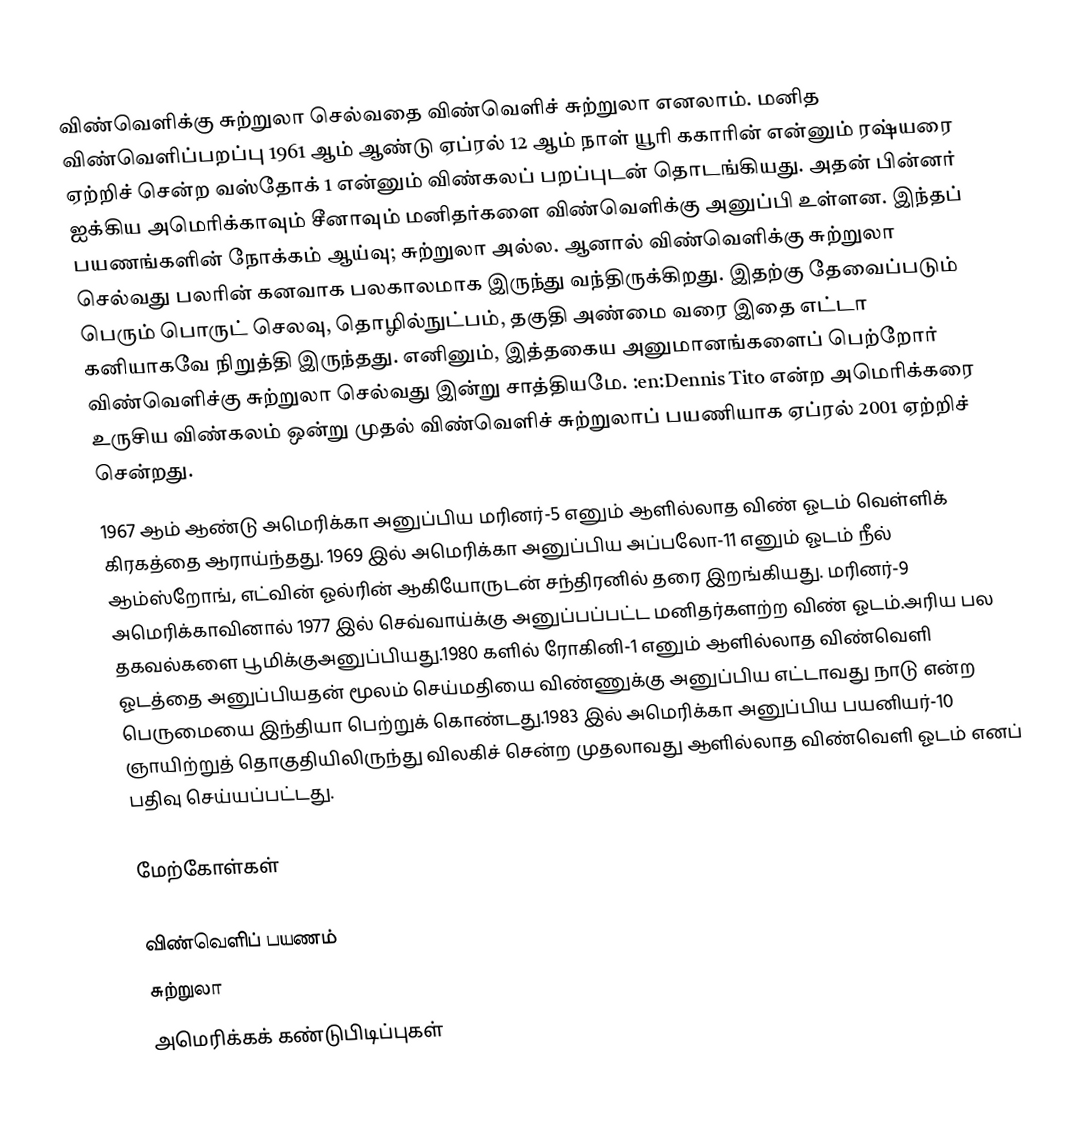
விண்வெளிக்கு சுற்றுலா செல்வதை விண்வெளிச் சுற்றுலா எனலாம். மனித விண்வெளிப்பறப்பு 1961 ஆம் ஆண்டு ஏப்ரல் 12 ஆம் நாள் யூரி ககாரின் என்னும் ரஷ்யரை ஏற்றிச் சென்ற வஸ்தோக் 1 என்னும் விண்கலப் பறப்புடன் தொடங்கியது. அதன் பின்னர் ஐக்கிய அமெரிக்காவும் சீனாவும் மனிதர்களை விண்வெளிக்கு அனுப்பி உள்ளன. இந்தப் பயணங்களின் நோக்கம் ஆய்வு; சுற்றுலா அல்ல. ஆனால் விண்வெளிக்கு சுற்றுலா செல்வது பலரின் கனவாக பலகாலமாக இருந்து வந்திருக்கிறது. இதற்கு தேவைப்படும் பெரும் பொருட் செலவு, தொழில்நுட்பம், தகுதி அண்மை வரை இதை எட்டா கனியாகவே நிறுத்தி இருந்தது. எனினும், இத்தகைய அனுமானங்களைப் பெற்றோர் விண்வெளிச்கு சுற்றுலா செல்வது இன்று சாத்தியமே. :en:Dennis Tito என்ற அமெரிக்கரை உருசிய விண்கலம் ஒன்று முதல் விண்வெளிச் சுற்றுலாப் பயணியாக ஏப்ரல் 2001 ஏற்றிச் சென்றது.
1967 ஆம் ஆண்டு அமெரிக்கா அனுப்பிய மரினர்-5 எனும் ஆளில்லாத விண் ஓடம் வெள்ளிக் கிரகத்தை ஆராய்ந்தது. 1969 இல் அமெரிக்கா அனுப்பிய அப்பலோ-11 எனும் ஓடம் நீல் ஆம்ஸ்றோங், எட்வின் ஓல்ரின் ஆகியோருடன் சந்திரனில் தரை இறங்கியது. மரினர்-9 அமெரிக்காவினால் 1977 இல் செவ்வாய்க்கு அனுப்பப்பட்ட மனிதர்களற்ற விண் ஓடம்.அரிய பல தகவல்களை பூமிக்குஅனுப்பியது.1980 களில் ரோகினி-1 எனும் ஆளில்லாத விண்வெளி ஓடத்தை அனுப்பியதன் மூலம் செய்மதியை விண்ணுக்கு அனுப்பிய எட்டாவது நாடு என்ற பெருமையை இந்தியா பெற்றுக் கொண்டது.1983 இல் அமெரிக்கா அனுப்பிய பயனியர்-10 ஞாயிற்றுத் தொகுதியிலிருந்து விலகிச் சென்ற முதலாவது ஆளில்லாத விண்வெளி ஓடம் எனப் பதிவு செய்யப்பட்டது.

மேற்கோள்கள்

விண்வெளிப் பயணம்
சுற்றுலா
அமெரிக்கக் கண்டுபிடிப்புகள்